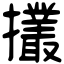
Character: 𢹸